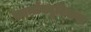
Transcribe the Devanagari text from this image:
फ़ार्मास्यूटिकल